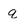
Character: q